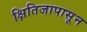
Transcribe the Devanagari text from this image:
क्षितिजापासून